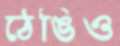
ঠেঙিও